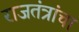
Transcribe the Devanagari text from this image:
राजतंत्रांचा